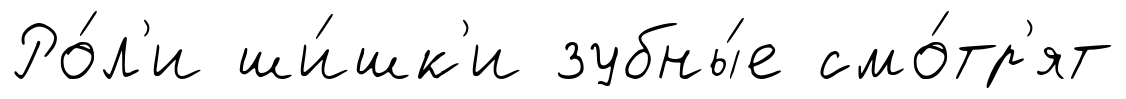
Ро́л'и ши́шк'и зубны́е смо́тр'ят